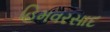
હિમવરસાદ